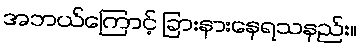
အဘယ်ကြောင့် ခြားနားနေရသနည်း။